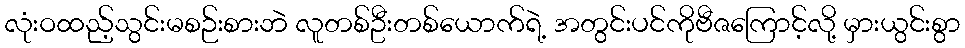
လုံးဝထည့်သွင်းမစဉ်းစားဘဲ လူတစ်ဦးတစ်ယောက်ရဲ့ အတွင်းပင်ကိုဗီဇကြောင့်လို့ မှားယွင်းစွာ